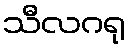
သီလဂရု